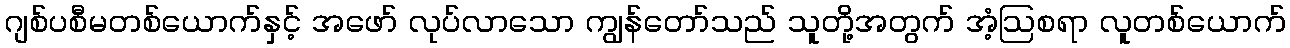
ဂျစ်ပစီမတစ်ယောက်နှင့် အဖော် လုပ်လာသော ကျွန်တော်သည် သူတို့အတွက် အံ့ဩစရာ လူတစ်ယောက်